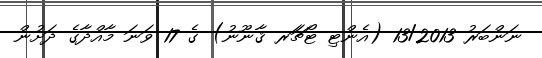
ނަންބަރު 13/2013 (އެންޓި ޓޯޗަަރ ޤާނޫނު) ގެ 17 ވަނަ މާއްދާގެ ދަށުން